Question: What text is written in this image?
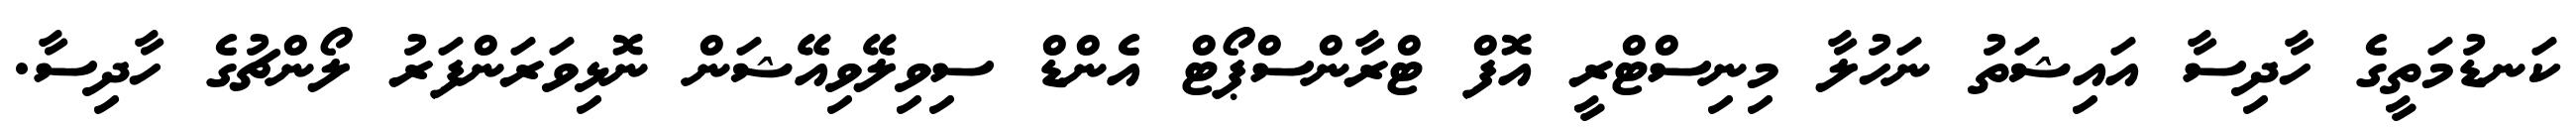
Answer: ކަނޑުމަތީގެ ހާދިސާ އައިޝަތު ނަހުލާ މިނިސްޓްރީ އޮފް ޓްރާންސްޕޯޓް އެންޑް ސިވިލޭވިއޭޝަން ނޮޅިވަރަންފަރު ލޯންޗުގެ ހާދިސާ.